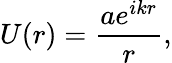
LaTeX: U(r)={\frac{ae^{ikr}}{r}},